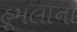
હૂમલાનો